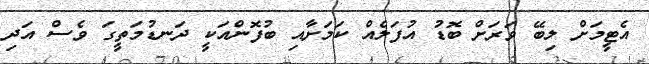
އެޓީމަށް ލިބޭ ވަރަށް ބޮޑު އުފަލެއް ކަމަށާއި ބުފޮންއަކީ ދަނޑުމަތީގަ ވެސް އަދި